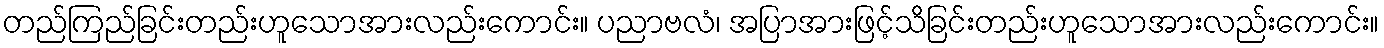
တည်ကြည်ခြင်းတည်းဟူသောအားလည်းကောင်း။ ပညာဗလံ၊ အပြာအားဖြင့်သိခြင်းတည်းဟူသောအားလည်းကောင်း။